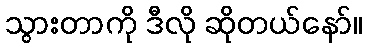
သွားတာကို ဒီလို ဆိုတယ်နော်။